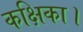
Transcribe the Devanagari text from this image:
कक्षिका।